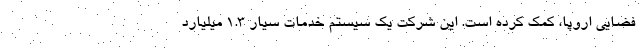
فضایی اروپا، کمک کرده است. این شرکت یک سیستم خدمات سیار ۱.۳ میلیارد